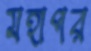
মহাপর